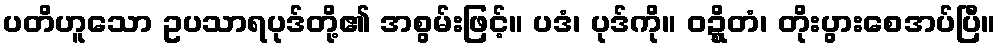
ပတိဟူသော ဥပသာရပုဒ်တို့၏ အစွမ်းဖြင့်။ ပဒံ၊ ပုဒ်ကို။ ဝဍ္ဍ္ဎိတံ၊ တိုးပွားစေအပ်ပြီ။